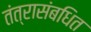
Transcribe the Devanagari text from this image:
तंत्रासंबधित